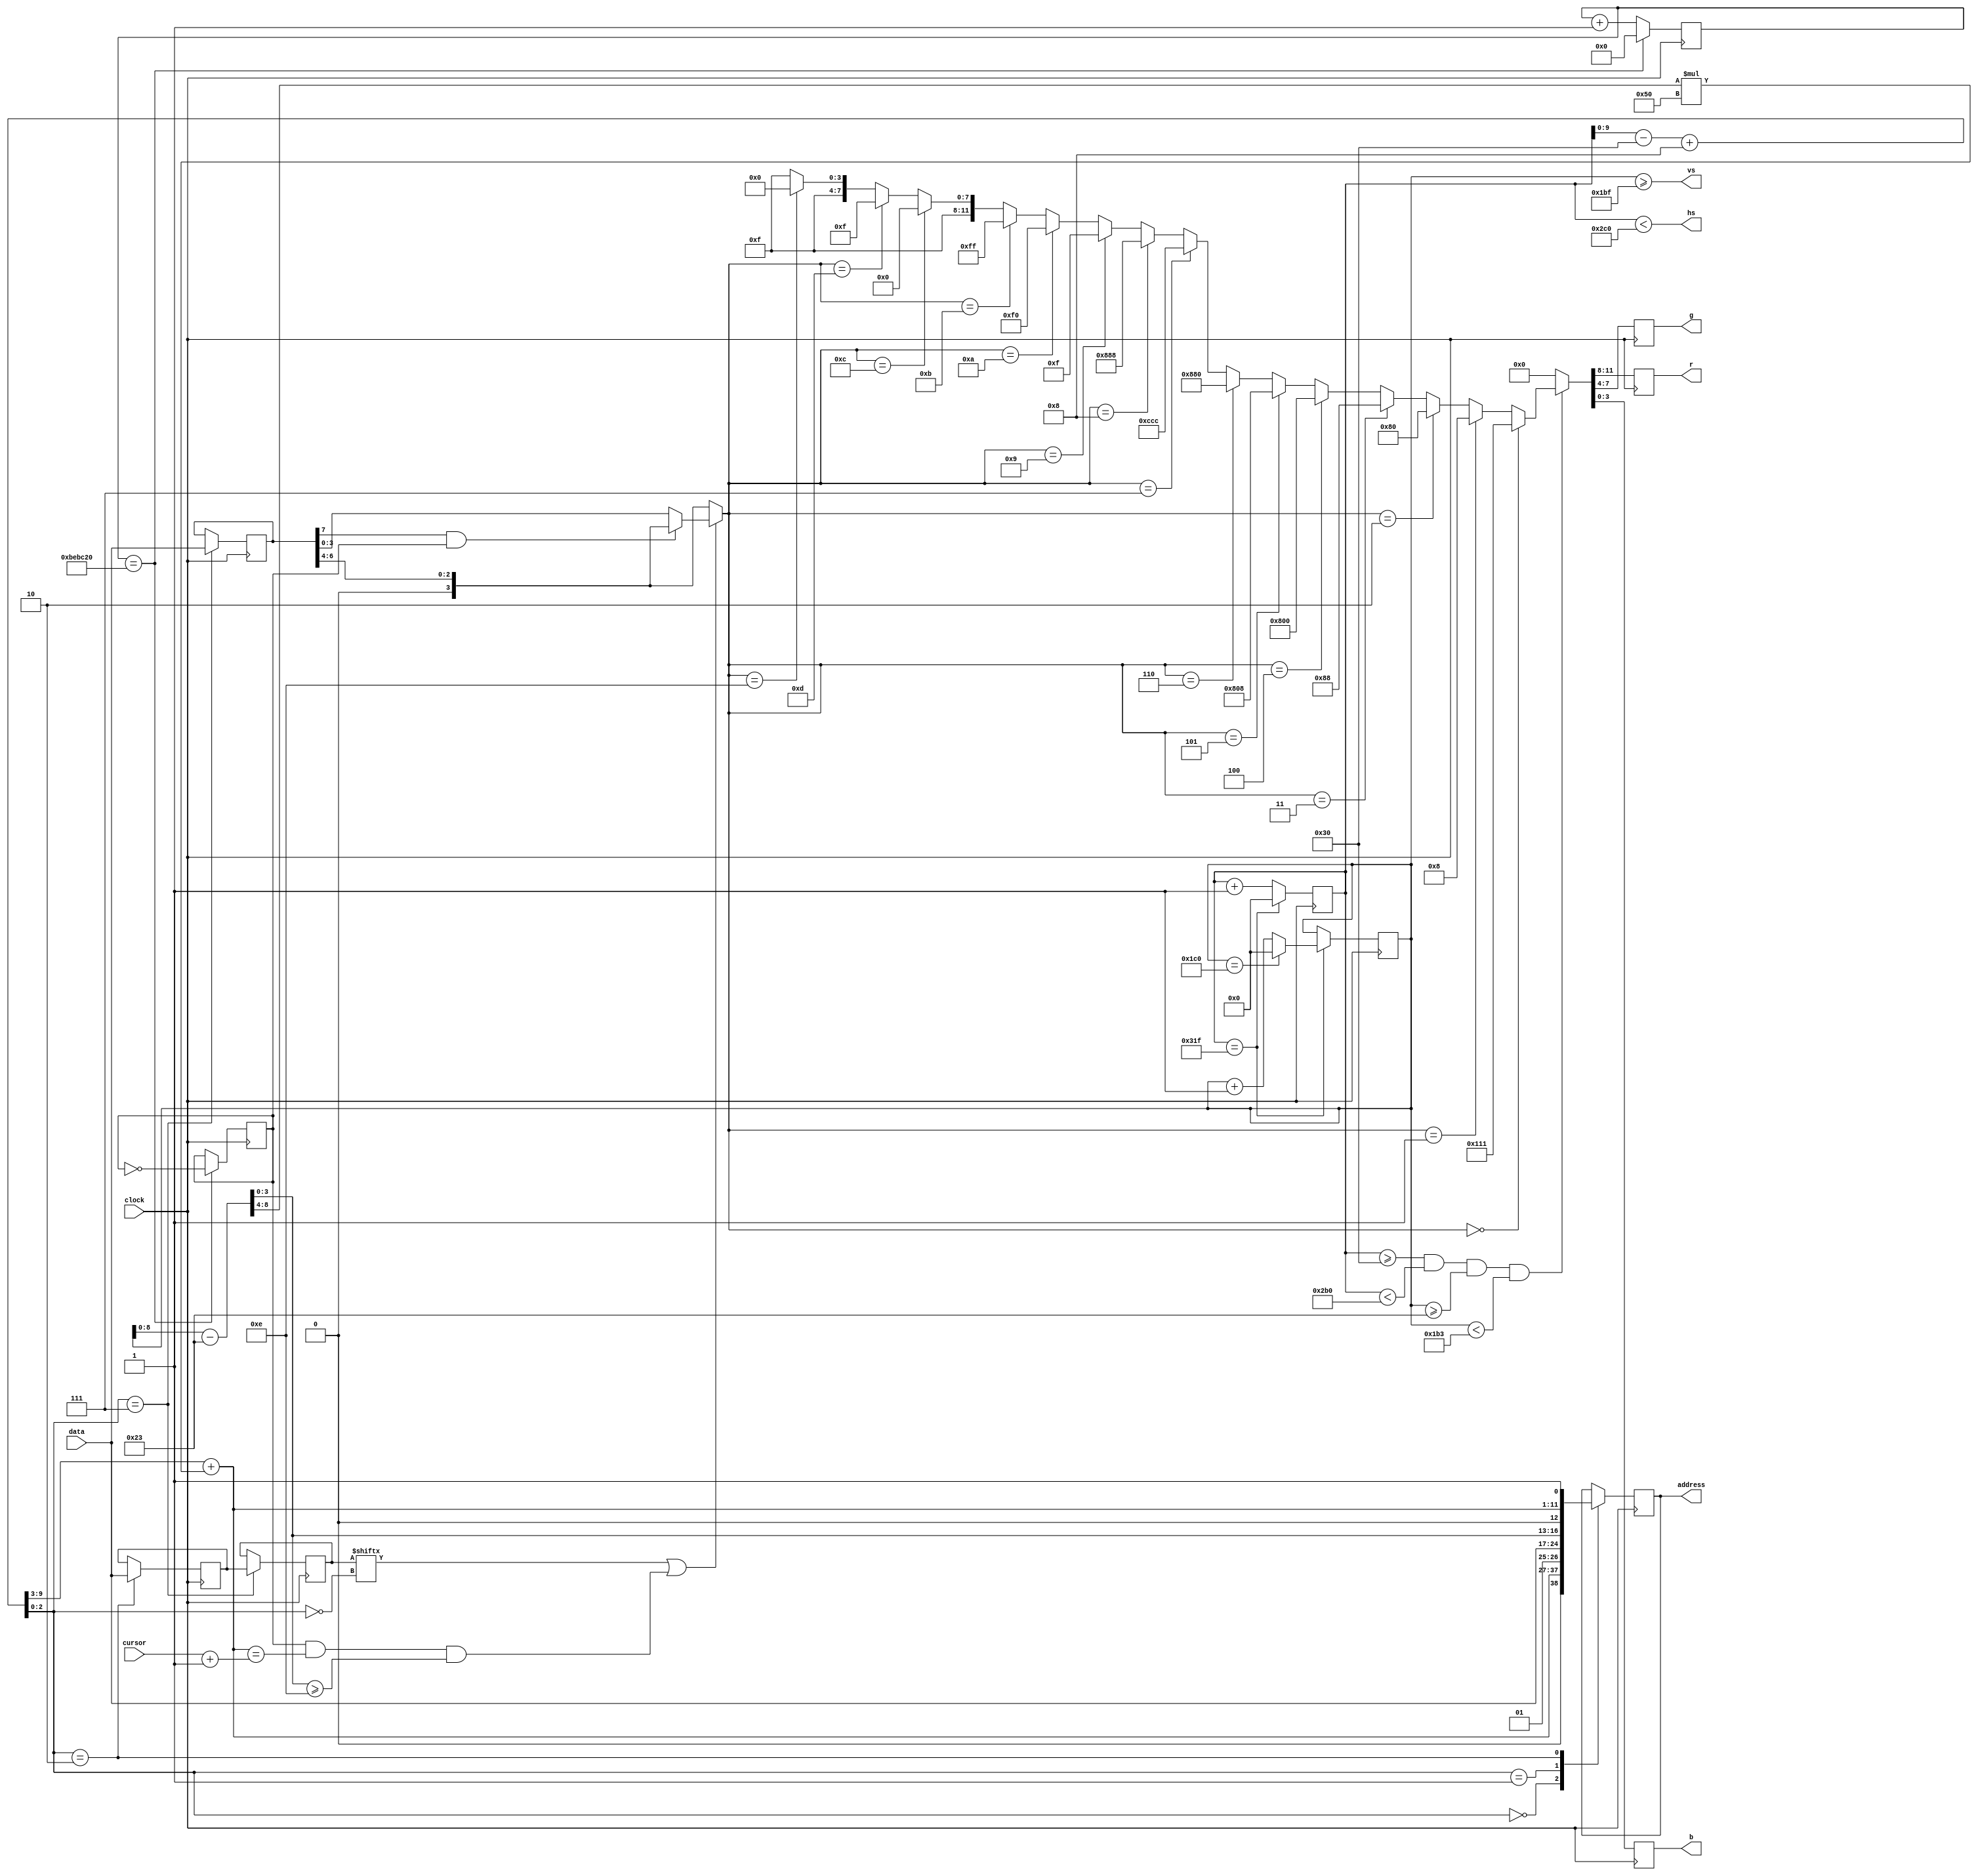
module video
(
    // Опорная частота 25 мгц
    input   wire        clock,

    // Выходные данные
    output  reg  [3:0]  r,       // 4 бит на красный
    output  reg  [3:0]  g,       // 4 бит на зеленый
    output  reg  [3:0]  b,       // 4 бит на синий
    output  wire        hs,      // горизонтальная развертка
    output  wire        vs,      // вертикальная развертка

    // Доступ к памяти
    output  reg  [12:0] address,
    input   wire [ 7:0] data,

    // Внешний интерфейс
    input   wire [10:0] cursor   // Положение курсора от 0 до 2047
);

// ---------------------------------------------------------------------
// Тайминги для горизонтальной|вертикальной развертки (640x400)
// ---------------------------------------------------------------------

localparam

    hz_visible = 640, vt_visible = 400,
    hz_front   = 16,  vt_front   = 12,
    hz_sync    = 96,  vt_sync    = 2,
    hz_back    = 48,  vt_back    = 35,
    hz_whole   = 800, vt_whole   = 449;

assign hs = x  < (hz_back + hz_visible + hz_front); // NEG.
assign vs = y >= (vt_back + vt_visible + vt_front); // POS.
// ---------------------------------------------------------------------
wire        xmax = (x == hz_whole - 1);
wire        ymax = (y == vt_whole - 1);
reg  [10:0] x    = 0;
reg  [10:0] y    = 0;
wire [10:0] X    = x - hz_back + 8; // X=[0..639]
wire [ 9:0] Y    = y - vt_back;     // Y=[0..399]
// ---------------------------------------------------------------------
reg         flash;
reg  [ 7:0] attr, char, temp;
reg  [23:0] timer;
// ---------------------------------------------------------------------

wire [10:0] id = X[9:3] + (Y[8:4] * 80);
wire        maskbit = (char[ ~X[2:0] ]) | (flash && (id == cursor + 1) && Y[3:0] >= 14);
wire [ 3:0] kcolor = maskbit ? (attr[7] & flash ? attr[6:4] : attr[3:0]) : attr[6:4];
wire [15:0] color =

    kcolor == 4'h0 ? 12'h111 : // 0 Черный (почти)
    kcolor == 4'h1 ? 12'h008 : // 1 Синий (темный)
    kcolor == 4'h2 ? 12'h080 : // 2 Зеленый (темный)
    kcolor == 4'h3 ? 12'h088 : // 3 Бирюзовый (темный)
    kcolor == 4'h4 ? 12'h800 : // 4 Красный (темный)
    kcolor == 4'h5 ? 12'h808 : // 5 Фиолетовый (темный)
    kcolor == 4'h6 ? 12'h880 : // 6 Коричневый
    kcolor == 4'h7 ? 12'hCCC : // 7 Серый -- тут что-то не то
    kcolor == 4'h8 ? 12'h888 : // 8 Темно-серый
    kcolor == 4'h9 ? 12'h00F : // 9 Синий (темный)
    kcolor == 4'hA ? 12'h0F0 : // 10 Зеленый
    kcolor == 4'hB ? 12'h0FF : // 11 Бирюзовый
    kcolor == 4'hC ? 12'hF00 : // 12 Красный
    kcolor == 4'hD ? 12'hF0F : // 13 Фиолетовый
    kcolor == 4'hE ? 12'hFF0 : // 14 Желтый
                     12'hFFF;  // 15 Белый

// Вывод видеосигнала
always @(posedge clock) begin

    // Кадровая развертка
    x <= xmax ?         0 : x + 1;
    y <= xmax ? (ymax ? 0 : y + 1) : y;

    // Вывод окна видеоадаптера
    if (x >= hz_back && x < hz_visible + hz_back &&
        y >= vt_back && y < vt_visible + vt_back)
    begin
         {r, g, b} <= color;
    end
    else {r, g, b} <= 12'h000;

    // Извлечение текущей маски
    case (X[2:0])

        0: begin address <= {1'b0, id[10:0], 1'b0}; end
        1: begin address <= {1'b1, data, Y[3:0]}; end
        2: begin address <= {1'b0, id[10:0], 1'b1}; temp <= data; end
        7: begin {attr, char} <= {data, temp}; end

    endcase

    // Каждые 0,5 секунды перебрасывается регистр flash
    if (timer == 12500000) begin
        timer <= 0;
        flash <= ~flash;
    end else
        timer <= timer + 1;

end

endmodule